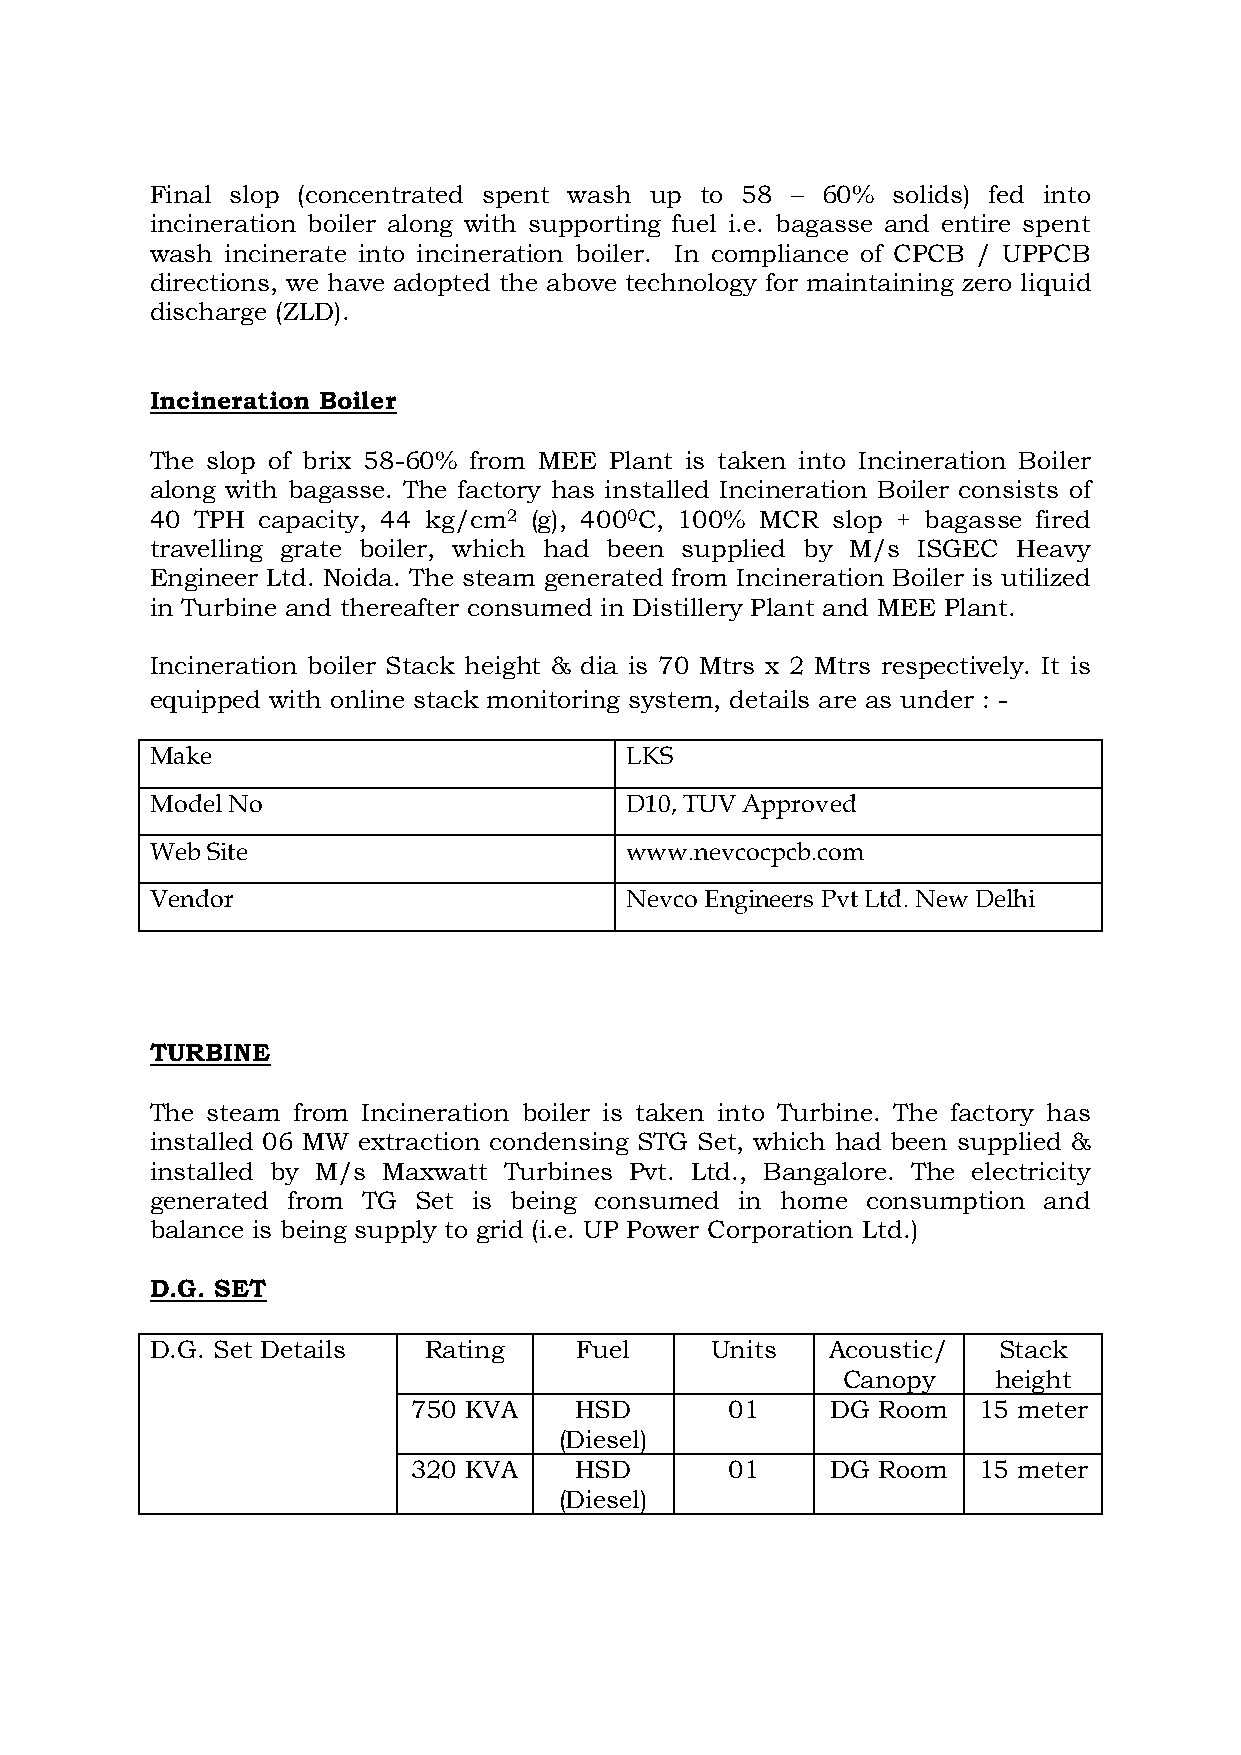
Final slop (concentrated spent wash up to 58 – 60% solids) fed into
 incineration boiler along with supporting fuel i.e. bagasse and entire spent
 wash incinerate into incineration boiler. In compliance of CPCB / UPPCB
 directions, we have adopted the above technology for maintaining zero liquid
 discharge (ZLD).
 Incineration Boiler
 The slop of brix 58-60% from MEE Plant is taken into Incineration Boiler
 along with bagasse. The factory has installed Incineration Boiler consists of
 40 TPH capacity, 44 kg/cm2 (g), 4000C, 100% MCR slop + bagasse fired
 travelling grate boiler, which had been supplied by M/s ISGEC Heavy
 Engineer Ltd. Noida. The steam generated from Incineration Boiler is utilized
 in Turbine and thereafter consumed in Distillery Plant and MEE Plant.
 Incineration boiler Stack height & dia is 70 Mtrs x 2 Mtrs respectively. It is
 equipped with online stack monitoring system, details are as under : -
 Make                           LKS
 Model No                       D10, TUV Approved
 Web Site                       www.nevcocpcb.com
 Vendor                         Nevco Engineers Pvt Ltd. New Delhi
 TURBINE
 The steam from Incineration boiler is taken into Turbine. The factory has
 installed 06 MW extraction condensing STG Set, which had been supplied &
 installed by M/s Maxwatt Turbines Pvt. Ltd., Bangalore. The electricity
 generated from TG Set is being consumed in home consumption and
 balance is being supply to grid (i.e. UP Power Corporation Ltd.)
 D.G. SET
 D.G. Set Details  Rating    Fuel     Units   Acoustic/  Stack
 Canopy    height
 750 KVA    HSD       01     DG Room   15 meter
 (Diesel)
 320 KVA    HSD       01     DG Room   15 meter
 (Diesel)